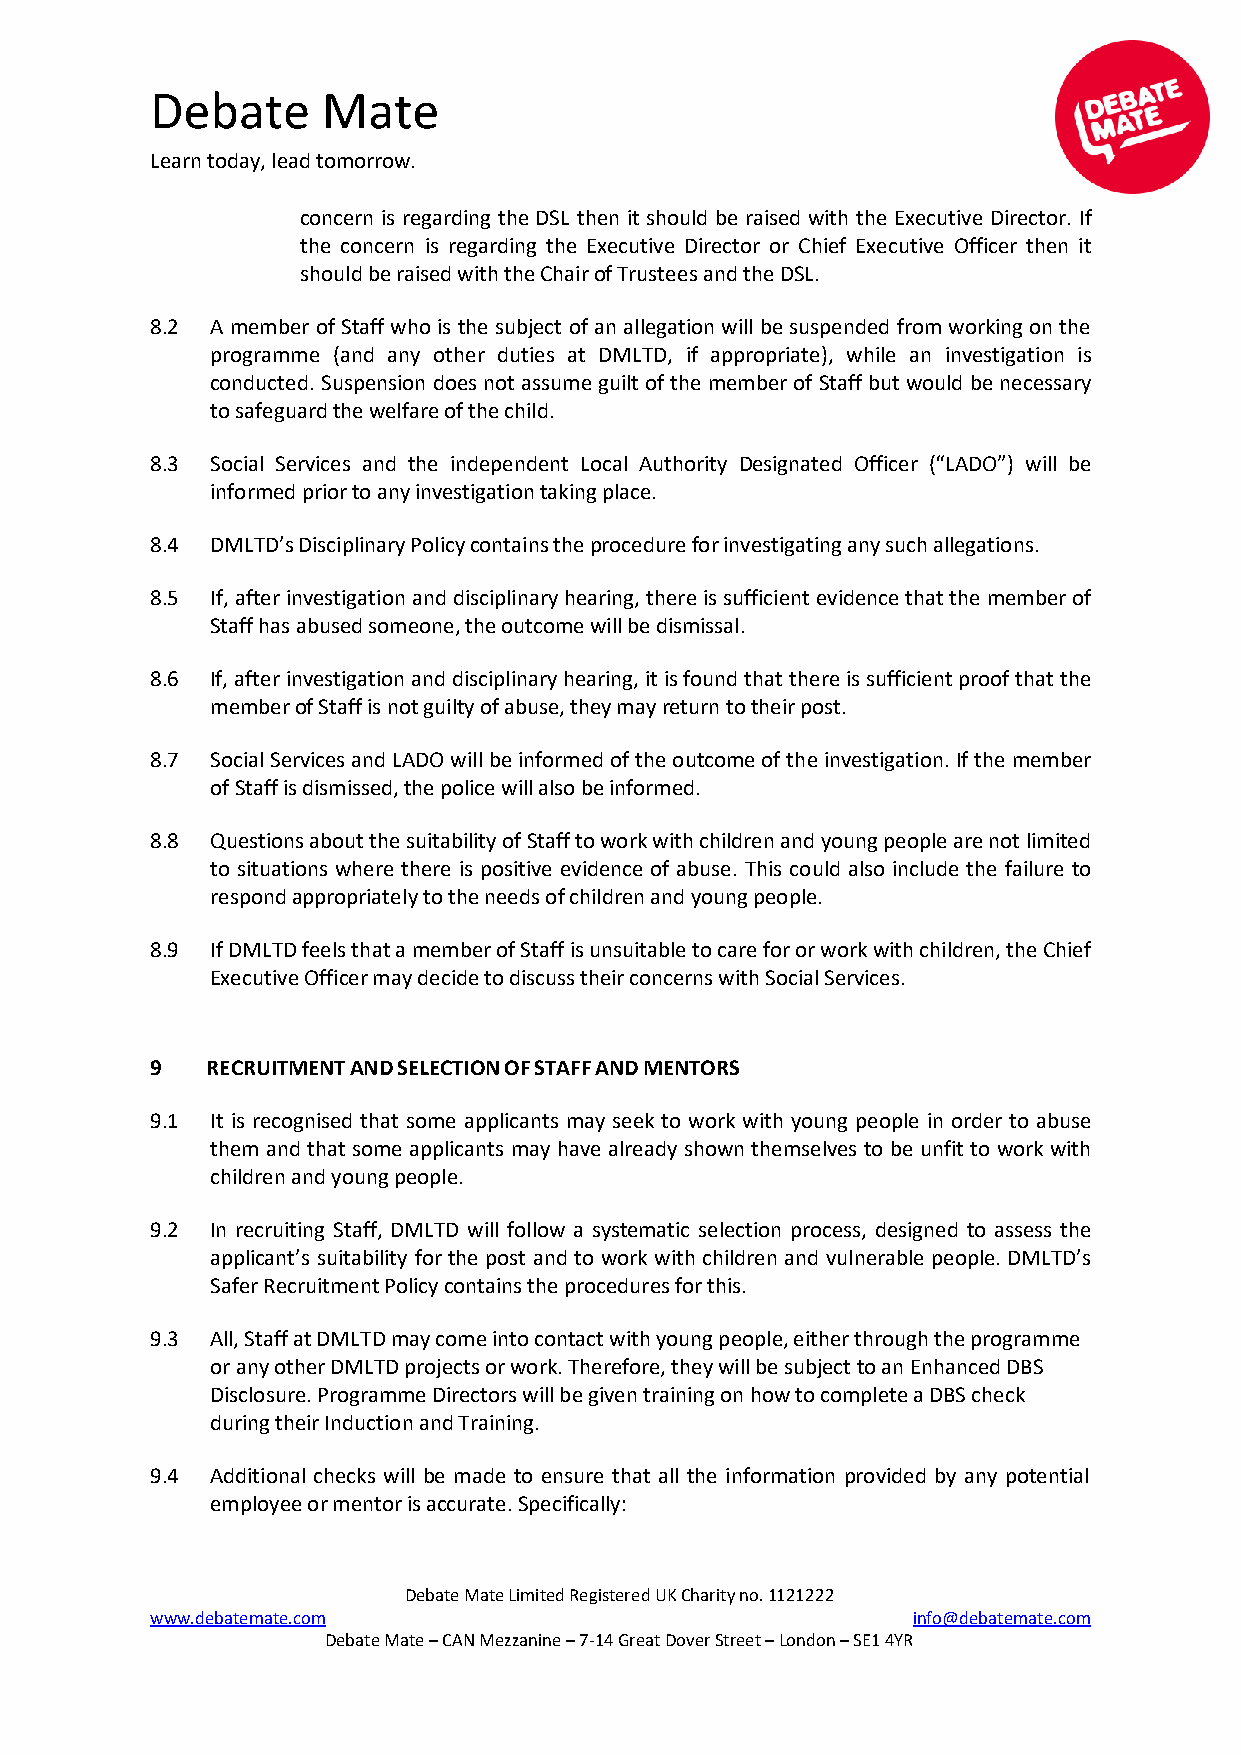
Debate     Mate
 Learn today, lead tomorrow.
 concern is regarding the DSL then it should be raised with the Executive Director. If
 the concern is regarding the Executive Director or Chief Executive Officer then it
 should be raised with the Chair of Trustees and the DSL.
 8.2 A member of Staff who is the subject of an allegation will be suspended from working on the
 programme (and any other duties at DMLTD, if appropriate), while an investigation is
 conducted. Suspension does not assume guilt of the member of Staff but would be necessary
 to safeguard the welfare of the child.
 8.3 Social Services and the independent Local Authority Designated Officer (“LADO”) will be
 informed prior to any investigation taking place.
 8.4 DMLTD’s Disciplinary Policy contains the procedure for investigating any such allegations.
 8.5 If, after investigation and disciplinary hearing, there is sufficient evidence that the member of
 Staff has abused someone, the outcome will be dismissal.
 8.6 If, after investigation and disciplinary hearing, it is found that there is sufficient proof that the
 member of Staff is not guilty of abuse, they may return to their post.
 8.7 Social Services and LADO will be informed of the outcome of the investigation. If the member
 of Staff is dismissed, the police will also be informed.
 8.8 Questions about the suitability of Staff to work with children and young people are not limited
 to situations where there is positive evidence of abuse. This could also include the failure to
 respond appropriately to the needs of children and young people.
 8.9 If DMLTD feels that a member of Staff is unsuitable to care for or work with children, the Chief
 Executive Officer may decide to discuss their concerns with Social Services.
 9   RECRUITMENT AND SELECTION OF STAFF AND MENTORS
 9.1 It is recognised that some applicants may seek to work with young people in order to abuse
 them and that some applicants may have already shown themselves to be unfit to work with
 children and young people.
 9.2 In recruiting Staff, DMLTD will follow a systematic selection process, designed to assess the
 applicant’s suitability for the post and to work with children and vulnerable people. DMLTD’s
 Safer Recruitment Policy contains the procedures for this.
 9.3 All, Staff at DMLTD may come into contact with young people, either through the programme
 or any other DMLTD projects or work. Therefore, they will be subject to an Enhanced DBS
 Disclosure. Programme Directors will be given training on how to complete a DBS check
 during their Induction and Training.
 9.4 Additional checks will be made to ensure that all the information provided by any potential
 employee or mentor is accurate. Specifically:
 Debate Mate Limited Registered UK Charity no. 1121222
 www.debatemate.com                                info@debatemate.com
 Debate Mate – CAN Mezzanine – 7-14 Great Dover Street – London – SE1 4YR